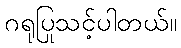
ဂရုပြုသင့်ပါတယ်။